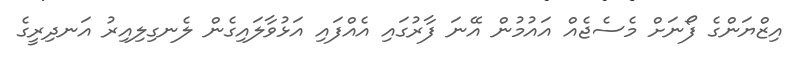
އިޒްޔަންގެ ފޯނަށް މެސެޖެއް އައުމުން އޭނަ ފާރުގައި އެއްފައި އަޅުވާލައިގެން ލެނގިލިއިރު އަނދިރީގެ